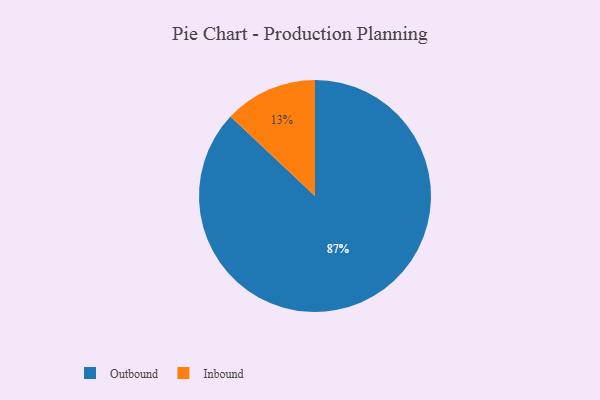
{"axis": {"x": "Category", "y": "Percentage"}, "legend": ["Inbound", "Outbound"], "data": [{"x": "Inbound", "y": 13, "type": "Inbound"}, {"x": "Outbound", "y": 87, "type": "Outbound"}]}